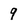
Character: 9